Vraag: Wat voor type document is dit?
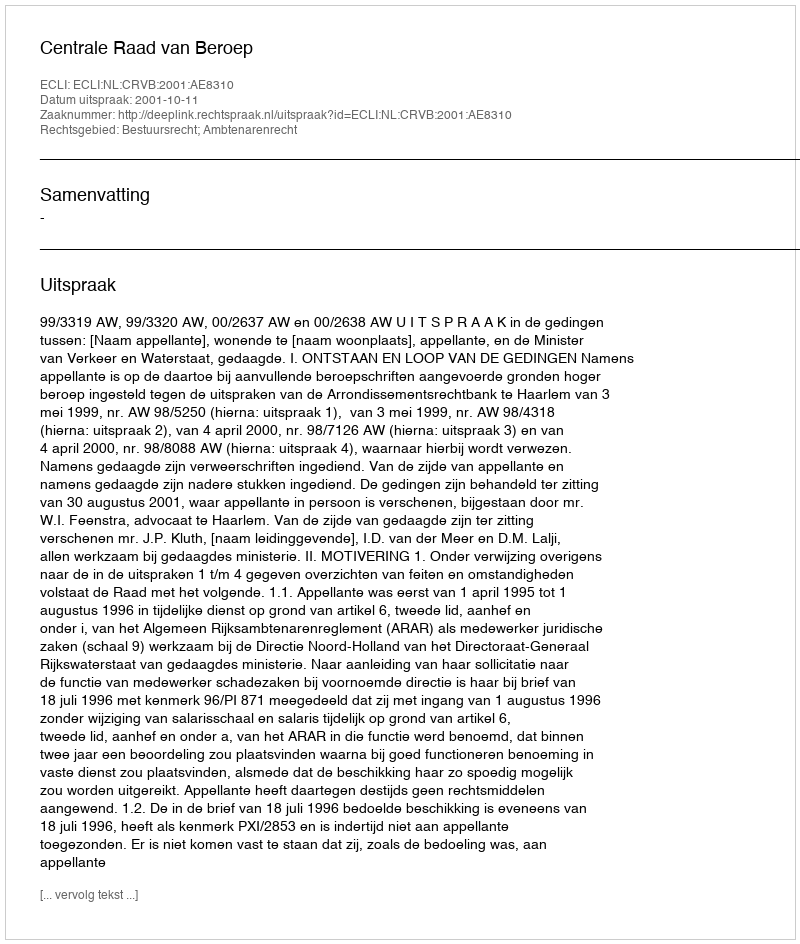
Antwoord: Uitspraak